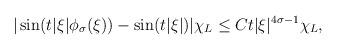
LaTeX: \begin{align*} |\sin (t |\xi|\phi_{\sigma}(\xi))-\sin (t |\xi|) | \chi_{L}\le C t |\xi|^{4 \sigma -1} \chi_{L},\end{align*}